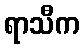
ရာသီက